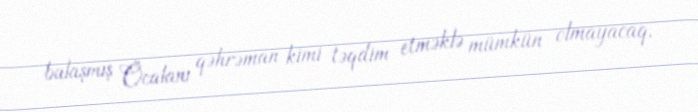
bulaşmış Öcalanı qəhrəman kimi təqdim etməklə mümkün olmayacaq.